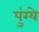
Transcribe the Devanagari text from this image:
पुंग्ये